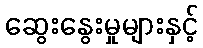
ဆွေးနွေးမှုများနှင့်